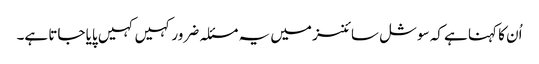
اُن کا کہنا ہے کہ سوشل سائنسز میں یہ مسئلہ ضرور کہیں کہیں پایا جاتا ہے۔